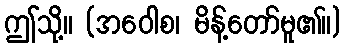
ဤသို့။ (အဝေါစ၊ မိန့်တော်မူ၏။)